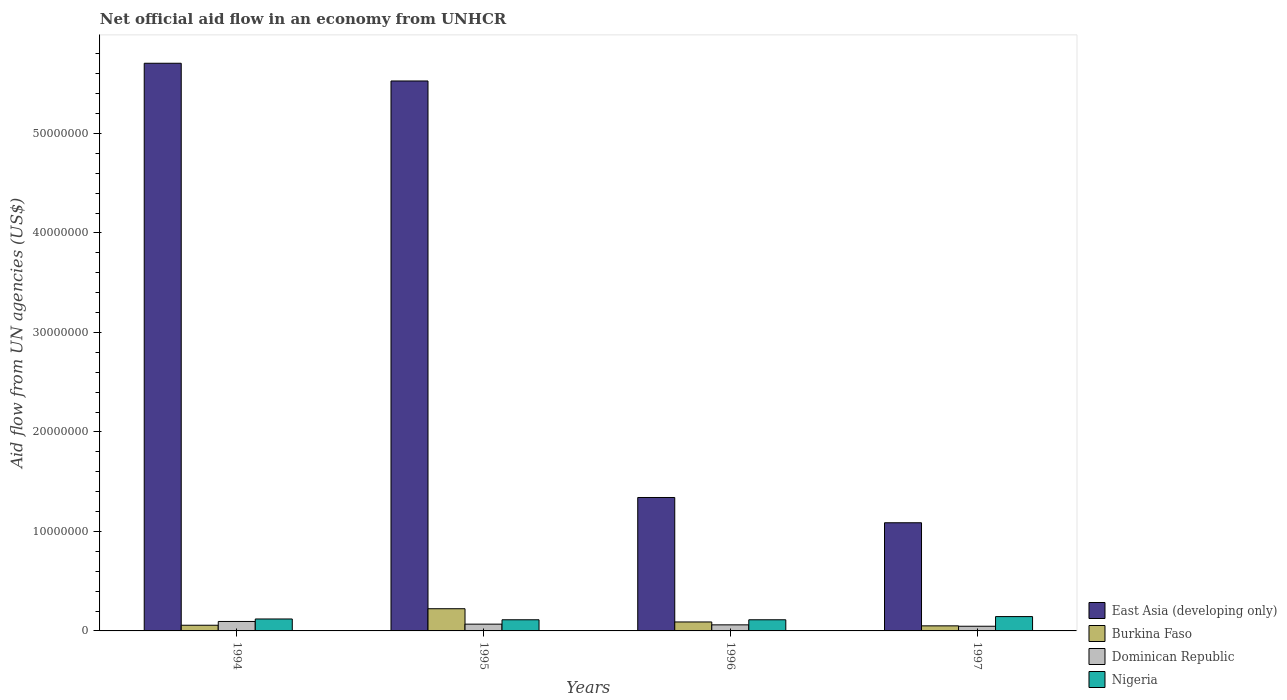
| Years | East Asia (developing only) | Burkina Faso | Dominican Republic | Nigeria |
 | --- | --- | --- | --- | --- |
 | 1994 | 5.70e+07 | 5.7e+05 | 9.5e+05 | 1.2e+06 |
 | 1995 | 5.53e+07 | 2.23e+06 | 6.8e+05 | 1.12e+06 |
 | 1996 | 1.34e+07 | 9e+05 | 6.1e+05 | 1.12e+06 |
 | 1997 | 1.09e+07 | 5.1e+05 | 4.7e+05 | 1.44e+06 |